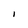
Character: I